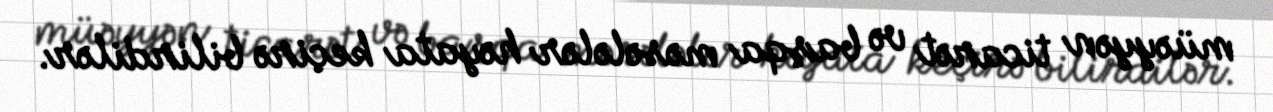
müəyyən ticarət və başqa məsələlər həyata keçirə bilirdilər.